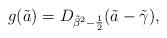
LaTeX: \begin{align*}g(\tilde a) = D_{ {\tilde \beta}^2 - {1\over 2}}(\tilde a - \tilde \gamma),\end{align*}